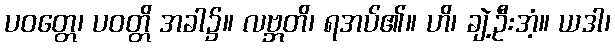
ပဝတ္တေ၊ ပဝတ္တိ အခါ၌။ လဗ္ဘတိ၊ ရအပ်၏။ ဟိ၊ ချဲ့ဦးအံ့။ ယဒါ၊